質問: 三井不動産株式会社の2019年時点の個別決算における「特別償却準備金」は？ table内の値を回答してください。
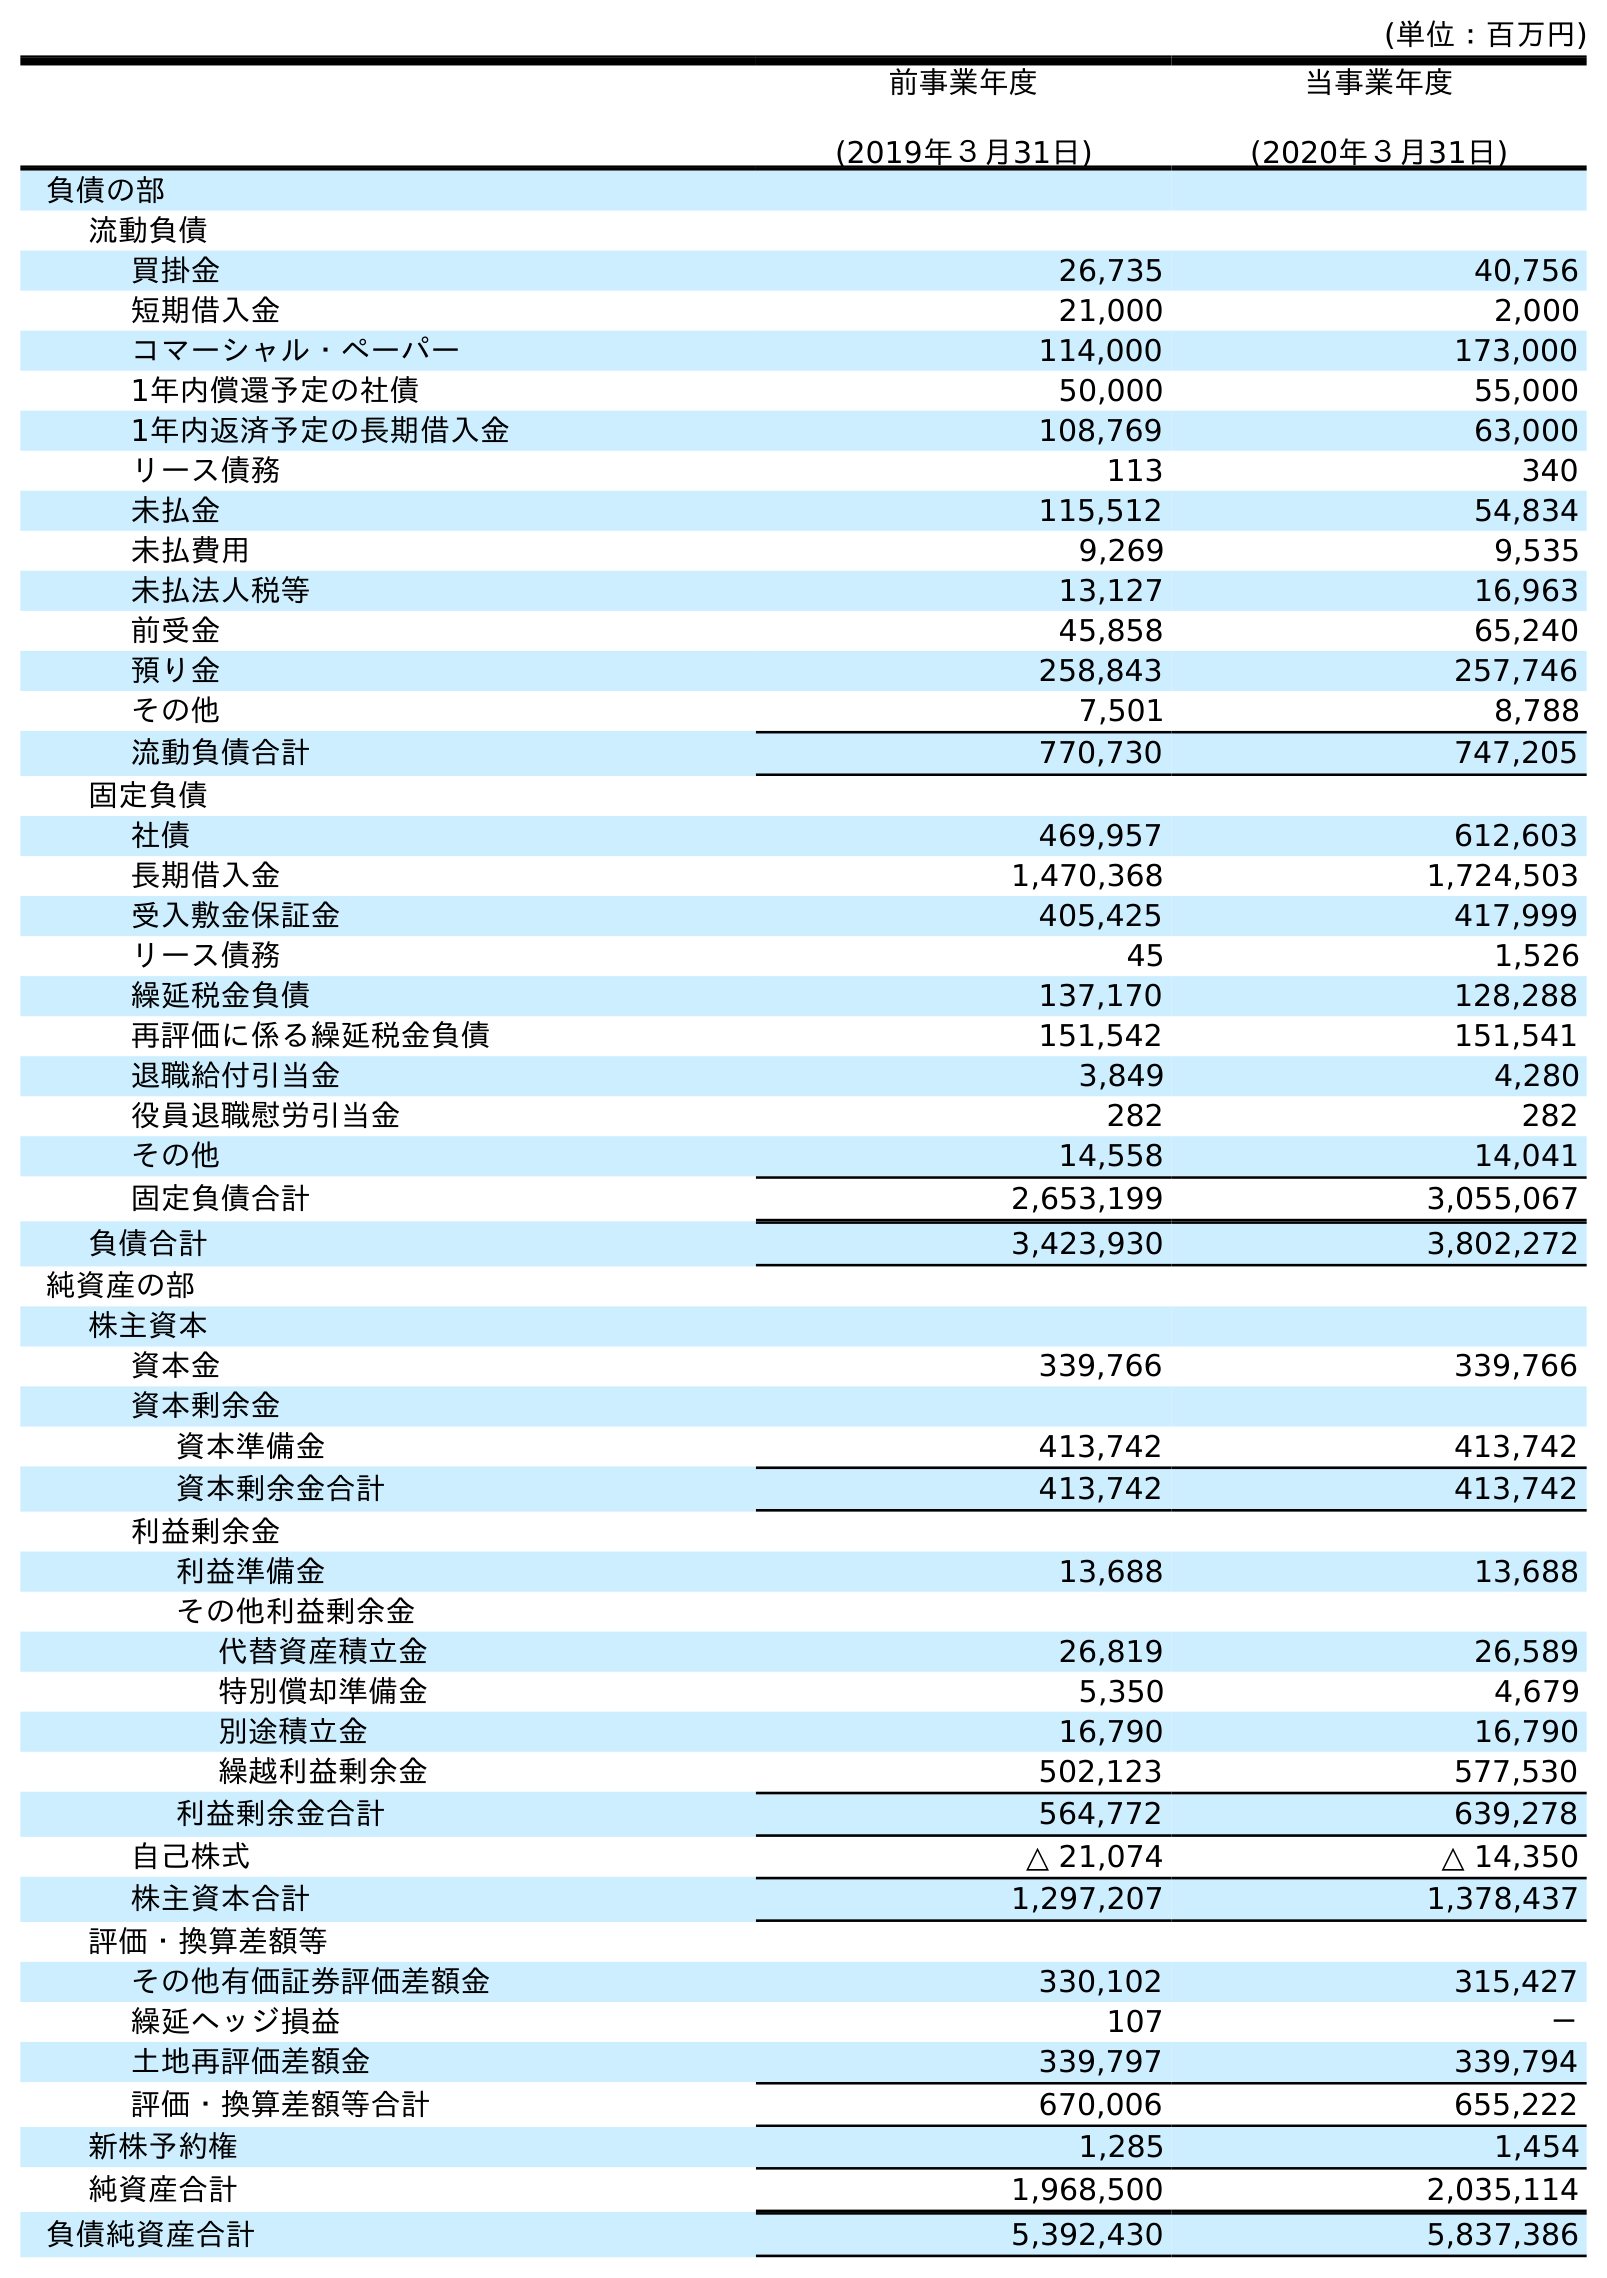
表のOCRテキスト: (単位：百万円) 前事業年度 (2019年３月31日) 当事業年度 (2020年３月31日) 負債の部 流動負債 買掛金 26,735 40,756 短期借入金 21,000 2,000 コマーシャル・ペーパー 114,000 173,000 1年内償還予定の社債 50,000 55,000 1年内返済予定の長期借入金 108,769 63,000 リース債務 113 340 未払金 115,512 54,834 未払費用 9,269 9,535 未払法人税等 13,127 16,963 前受金 45,858 65,240 預り金 258,843 257,746 その他 7,501 8,788 流動負債合計 770,730 747,205 固定負債 社債 469,957 612,603 長期借入金 1,470,368 1,724,503 受入敷金保証金 405,425 417,999 リース債務 45 1,526 繰延税金負債 137,170 128,288 再評価に係る繰延税金負債 151,542 151,541 退職給付引当金 3,849 4,280 役員退職慰労引当金 282 282 その他 14,558 14,041 固定負債合計 2,653,199 3,055,067 負債合計 3,423,930 3,802,272 純資産の部 株主資本 資本金 339,766 339,766 資本剰余金 資本準備金 413,742 413,742 資本剰余金合計 413,742 413,742 利益剰余金 利益準備金 13,688 13,688 その他利益剰余金 代替資産積立金 26,819 26,589 特別償却準備金 5,350 4,679 別途積立金 16,790 16,790 繰越利益剰余金 502,123 577,530 利益剰余金合計 564,772 639,278 自己株式 △ 21,074 △ 14,350 株主資本合計 1,297,207 1,378,437 評価・換算差額等 その他有価証券評価差額金 330,102 315,427 繰延ヘッジ損益 107 － 土地再評価差額金 339,797 339,794 評価・換算差額等合計 670,006 655,222 新株予約権 1,285 1,454 純資産合計 1,968,500 2,035,114 負債純資産合計 5,392,430 5,837,386
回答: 5,350